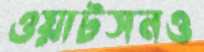
ওয়াটসনও